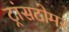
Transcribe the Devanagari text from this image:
ट्रांसटोमर